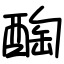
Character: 醄